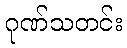
ဂုဏ်သတင်း